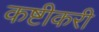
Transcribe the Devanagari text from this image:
कष्टीकरी